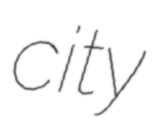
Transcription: city